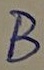
Text: B